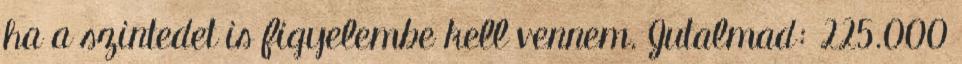
ha a szintedet is figyelembe kell vennem. Jutalmad: 225.000